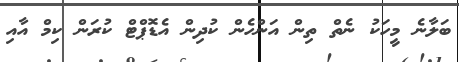
ބަލާނެ މީހަކު ނެތް ތިން އަންހެން ކުދިން އެޑޮޕްޓް ކުރަން ކިމް އާއި